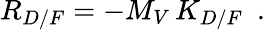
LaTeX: R_{D/F}=-M_{V}\, K_{D/F}\, \, \, .